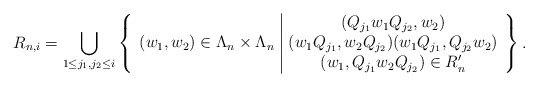
\begin{align*}R_{n,i} = \bigcup_{1\leq j_1,j_2\leq i} \left\{\begin{array}{c|c} & (Q_{j_1}w_1Q_{j_2},w_2)\\ (w_1,w_2)\in \Lambda_n\times \Lambda_n& (w_1Q_{j_1},w_2Q_{j_2})(w_1Q_{j_1},Q_{j_2}w_2)\\&(w_1,Q_{j_1}w_2Q_{j_2}) \in R_n' \end{array} \right\}.\end{align*}